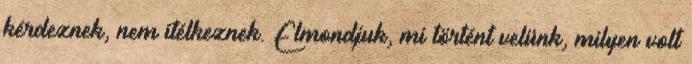
kérdeznek, nem ítélkeznek. Elmondjuk, mi történt velünk, milyen volt